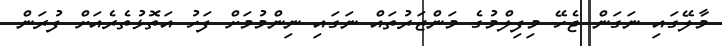
މާލޭގައި ނަގަން ޖެހޭ މިފިލްމުގެ މަންޒަރުތައް ނަގައި ނިންމުމަށް ފަހު އަތޮޅުތެރެއަށް ފުރަން